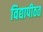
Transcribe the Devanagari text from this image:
विद्यापीठत